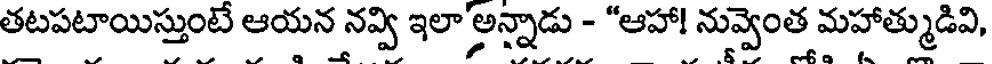
తటపటాయిస్తుంటే ఆయన నవ్వి ఇలా అన్నాడు - "ఆహా! నువ్వెంత మహాత్ముడివి,